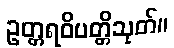
ဥတ္တရဝိပတ္တိသုတ်။